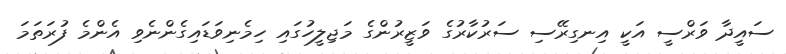
ސައީދާ ވަރްސީ އަކީ އިނގިރޭސި ސަރުކާރުގެ ވަޒީރުންގެ މަޖިލީހުގައި ހިމެނިވަޑައިގެންނެވި އެންމެ ފުރަތަމަ